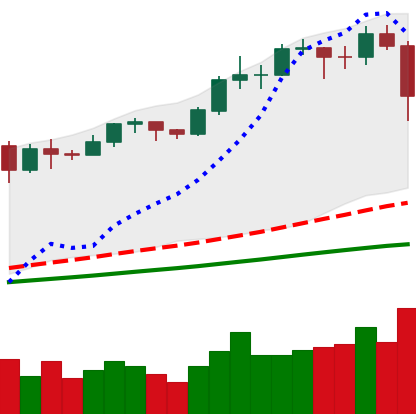
Ticker: BTC-USD
Chart end date: 2020-11-26
Forward return: 9.634%
Label: up_7plus